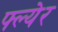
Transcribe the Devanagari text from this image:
फ्ल्येर